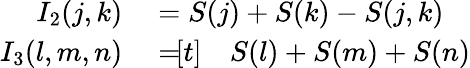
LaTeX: \begin{array}{rl}{I_{2}(j,k)}&{{}=S(j)+S(k)-S(j,k)}\\ {I_{3}(l,m,n)}&{{}=\! \begin{array}{rl}{[t]}&{{}S(l)+S(m)+S(n)}\end{array}}\end{array}